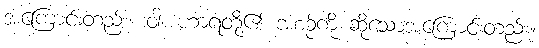
အကြောင်းတည်း။ ဝါ၊ ဟာရတို့၏ အစဉ်ကို ဆိုသောအကြောင်းတည်း။